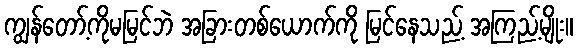
ကျွန်တော့်ကိုမမြင်ဘဲ အခြားတစ်ယောက်ကို မြင်နေသည့် အကြည့်မျိုး။